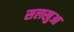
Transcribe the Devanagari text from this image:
सलखुआ